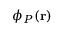
\phi _ { P } ( \mathbf { r } )